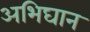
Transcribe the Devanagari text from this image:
अभिघान